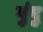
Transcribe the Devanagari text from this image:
गुंपु